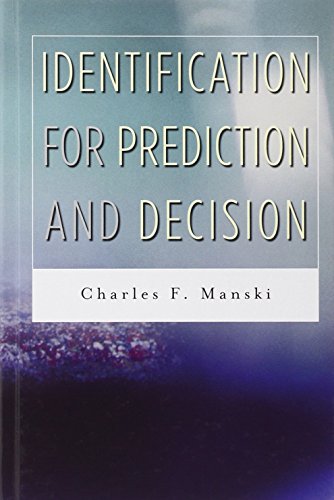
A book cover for Identification for Prediction and Decision; Charles F. Manski; Business & Money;